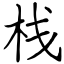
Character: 栈